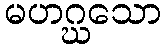
မဟဂ္ဃသော